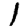
Digit: 1